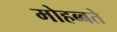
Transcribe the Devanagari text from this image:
मोहब्बते